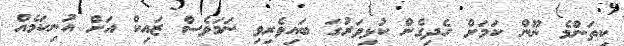
ކިތަންމެ ނޫން ކަމަށް ހެދިގެން ކުޅިވަރުގަ ބައިވެރިވި ނަމަވެސް ޒައިކް އަށް އުނިކަމެއް